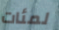
لمئات